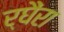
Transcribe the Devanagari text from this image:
र्घैंरा